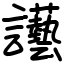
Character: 讛